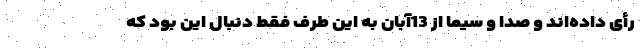
رأی داده‌اند و صدا و سیما از 13آبان به این طرف فقط دنبال این بود که